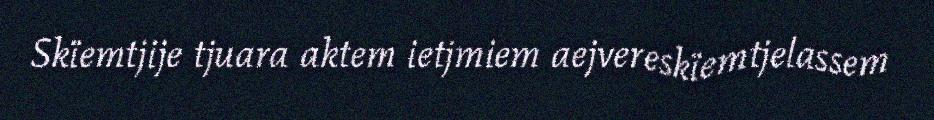
Skïemtjije tjuara aktem ietjmiem aejvereskïemtjelassem